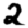
Digit: 2